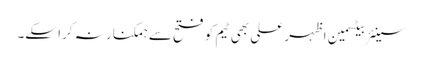
سینئر بیٹسمین اظہر علی بھی ٹیم کو فتح سے ہمکنار نہ کرا سکے۔